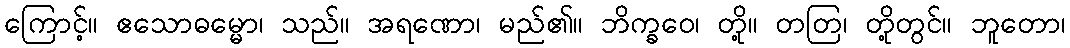
ကြောင့်။ ဧသောဓမ္မော၊ သည်။ အရဏော၊ မည်၏။ ဘိက္ခဝေ၊ တို့။ တတြ၊ တို့တွင်။ ဘူတော၊